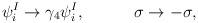
LaTeX: \begin{align*}\psi _{i}^{I}\rightarrow \gamma _{4}\psi _{i}^{I},\qquad \quad \sigma\rightarrow -\sigma , \end{align*}